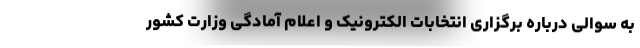
به سوالی درباره برگزاری انتخابات الکترونیک و اعلام آمادگی وزارت کشور